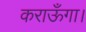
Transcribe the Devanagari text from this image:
कराऊँगा।